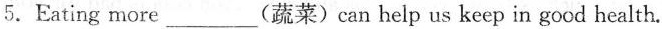
5.Eating more___(蔬菜)can help us keep in good health.